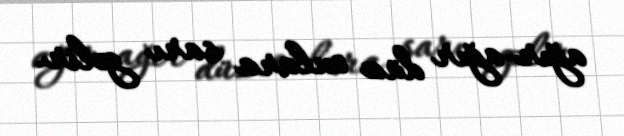
ağır-ağır düz onlara sarı gəlir.